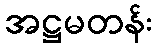
အဋ္ဌမတန်း